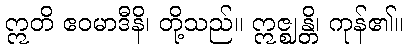
ဣတိ ဧဝမာဒီနိ၊ တို့သည်။ ဣဇ္ဈန္တိ၊ ကုန်၏။